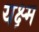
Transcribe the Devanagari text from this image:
यक्ष्म